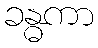
ခန္ဓကာ